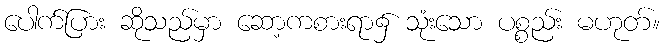
ပေါက်ပြား ဆိုသည်မှာ ဆော့ကစားရာ၌ သုံးသော ပစ္စည်း မဟုတ်။